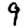
Digit: 9